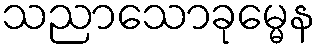
သညာသောခုမ္မေန